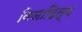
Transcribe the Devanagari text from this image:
विजादित्य